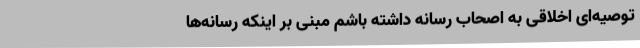
توصیه‌ای اخلاقی به اصحاب رسانه داشته باشم مبنی بر اینکه رسانه‌ها